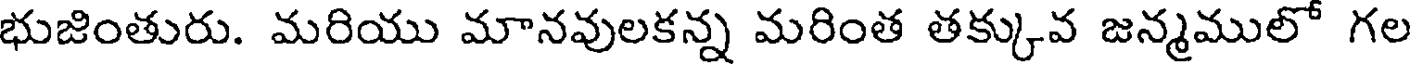
భుజింతురు. మరియు మానవులకన్న మరింత తక్కువ జన్మములో గల